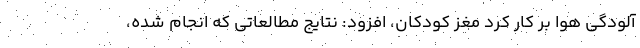
آلودگی هوا بر کار کرد مغز کودکان، افزود: نتایج مطالعاتی که انجام شده،